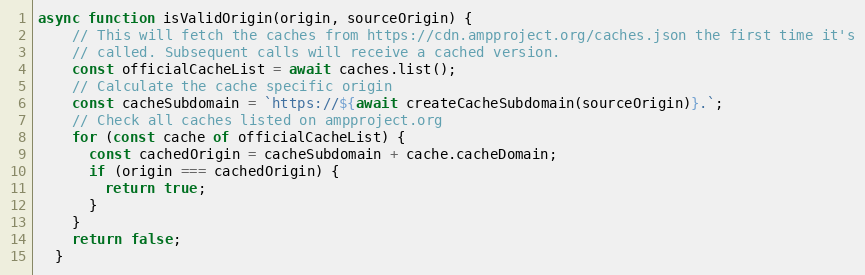
Language: JavaScript
async function isValidOrigin(origin, sourceOrigin) {
    // This will fetch the caches from https://cdn.ampproject.org/caches.json the first time it's
    // called. Subsequent calls will receive a cached version.
    const officialCacheList = await caches.list();
    // Calculate the cache specific origin
    const cacheSubdomain = `https://${await createCacheSubdomain(sourceOrigin)}.`;
    // Check all caches listed on ampproject.org
    for (const cache of officialCacheList) {
      const cachedOrigin = cacheSubdomain + cache.cacheDomain;
      if (origin === cachedOrigin) {
        return true;
      }
    }
    return false;
  }